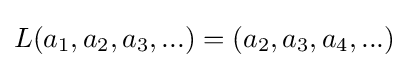
L(a_{1},a_{2},a_{3},...)=(a_{2},a_{3},a_{4},...)